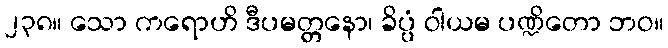
၂၃၈။ သော ကရောဟိ ဒီပမတ္တနော၊ ခိပ္ပံ ဝါယမ ပဏ္ဍိတော ဘဝ။